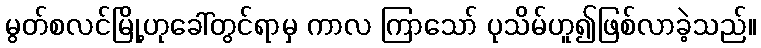
မွတ်စလင်မြို့ဟုခေါ်တွင်ရာမှ ကာလ ကြာသော် ပုသိမ်ဟူ၍ဖြစ်လာခဲ့သည်။